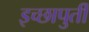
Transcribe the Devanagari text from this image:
इच्छापुर्ती